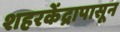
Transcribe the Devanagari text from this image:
शहरकेंद्रापासून